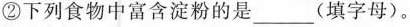
②下列食物中富含淀粉的是___(填字母)。